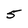
Character: 5